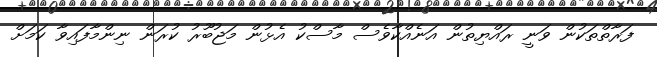
ފަރާތްތަކުން ވަނީ ރައްޔިތުން އަނެއްކާވެސް މާސްކު އެޅުން މަޖުބޫރު ކުރަން ނިންމާފައިވާ ކަމަށް